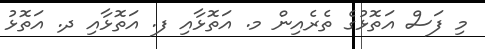
މި ފަސް އަތޮޅުގެ ތެރެއިން މ. އަތޮޅާއި ފ. އަތޮޅާއި ދ. އަތޮޅު